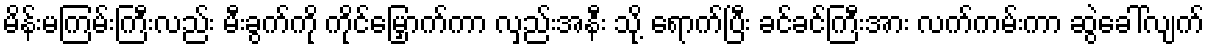
မိန်းမကြမ်းကြီးလည်း မီးခွက်ကို ကိုင်မြှောက်ကာ လှည်းအနီး သို့ ရောက်ပြီး ခင်ခင်ကြီးအား လက်ကမ်းကာ ဆွဲခေါ်လျက်